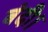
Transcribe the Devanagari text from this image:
बंदी।